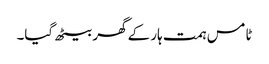
ٹامس ہمت ہار کے گھر بیٹھ گیا۔